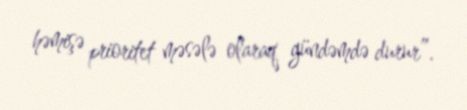
həmişə prioritet məsələ olaraq gündəmdə durur”.